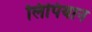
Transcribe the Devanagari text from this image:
लिपियान